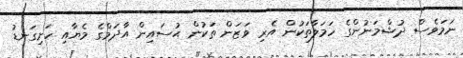
ނަމަވެސް ދުޝްމަނުންގެ ހަމަލާތަކުން އެރި ވަޒަން ތަކުން ޙުސައިން އާދަމްގެ މެޔާއި ހަށިގަނޑު